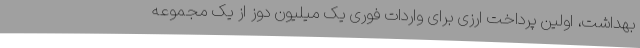
بهداشت، اولین پرداخت ارزی برای واردات فوری یک میلیون دوز از یک مجموعه